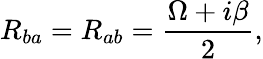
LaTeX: R_{ba}=R_{ab}=\frac{\Omega+i\beta}{2},